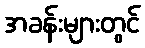
အခန်းများတွင်